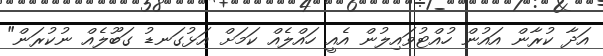
އަދާ ކުރާން އައުން ހުއްޓުވައިލުން އެއީ ހައްލެއް ކަމަށް އަޅުގަނޑު ގަބޫލެއް ނުކުރަން"